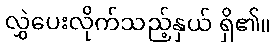
လွှဲပေးလိုက်သည့်နှယ် ရှိ၏။